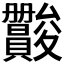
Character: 𫿪